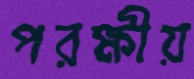
পরক্ষীয়